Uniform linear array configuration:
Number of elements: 48
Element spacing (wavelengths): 1
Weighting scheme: kaiser
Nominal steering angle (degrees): -60
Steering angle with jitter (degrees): -61.66
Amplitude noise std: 0.05
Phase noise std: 0.05

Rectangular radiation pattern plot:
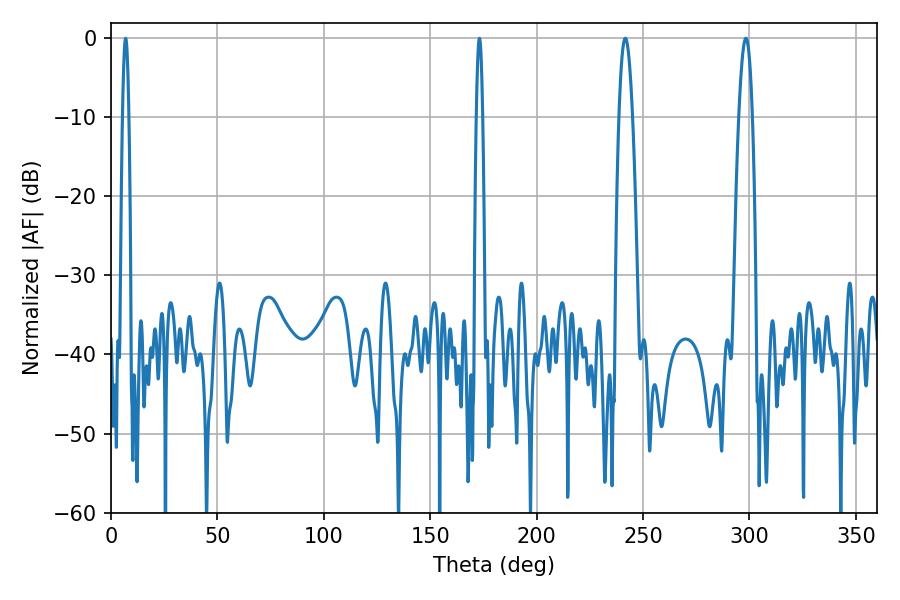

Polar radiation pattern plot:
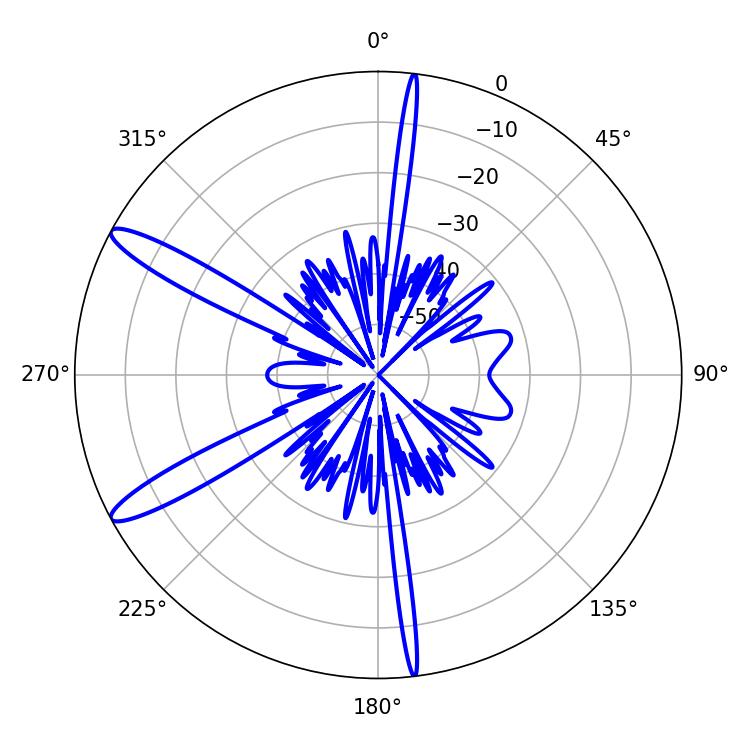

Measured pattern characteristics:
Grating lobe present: TRUE
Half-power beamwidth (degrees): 3.6
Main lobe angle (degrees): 298.26